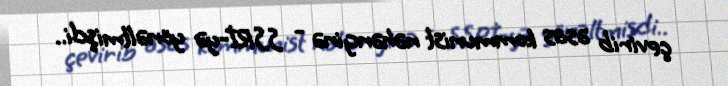
çevirib əsas kommunist nəhənginə - SSRİ-yə yönəltmişdi..